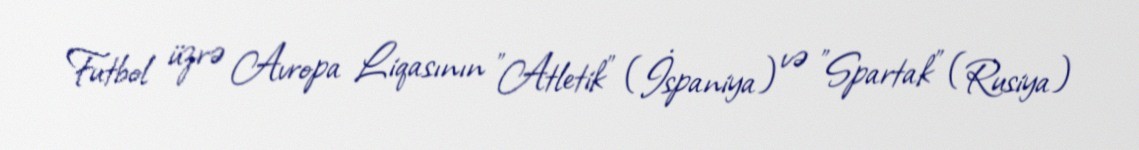
Futbol üzrə Avropa Liqasının "Atletik" (İspaniya) və "Spartak" (Rusiya)